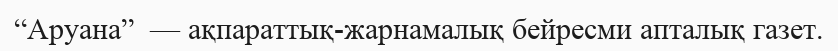
“Аруана”  — ақпараттық-жарнамалық бейресми апталық газет.